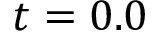
t = 0 . 0